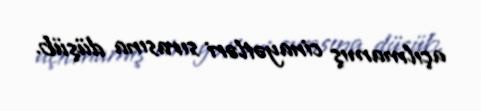
açılmamış cinayətləri sırasına düşüb.